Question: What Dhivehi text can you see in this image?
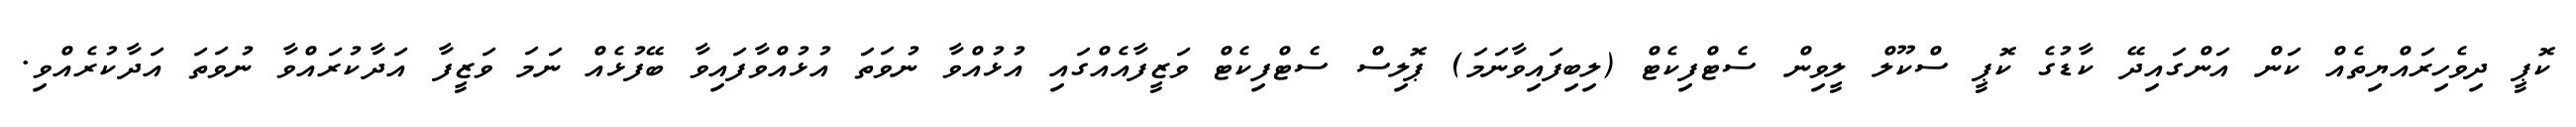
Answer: ކޮޕީ ދިވެހިރައްޔިތެއް ކަން އަންގައިދޭ ކާޑުގެ ކޮޕީ ސްކޫލް ލީވިން ސެޓްފިކެޓް (ލިބިފައިވާނަމަ) ޕޮލިސް ސެޓްފިކެޓް ވަޒީފާއެއްގައި އުޅުއްވާ ނުވަތަ އުޅުއްވާފައިވާ ބޭފުޅެއް ނަމަ ވަޒީފާ އަދާކުރައްވާ ނުވަތަ އަދާކުރެއްވި.